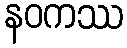
နဝကဿ